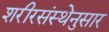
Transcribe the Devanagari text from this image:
शरीरसंस्थेनुसार